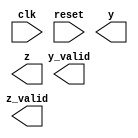
`timescale 1ns/10ps
module MBF(clk, reset, y_valid, z_valid, y, z);
input   clk;
input   reset;
output  y_valid;
output  z_valid;
output  [7:0]  y;
output  [7:0]  z;
endmodule